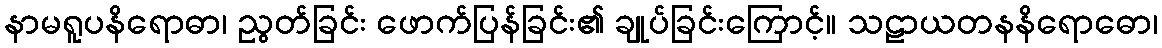
နာမရူပနိရောဓာ၊ ညွတ်ခြင်း ဖောက်ပြန်ခြင်း၏ ချုပ်ခြင်းကြောင့်။ သဠာယတနနိရောဓော၊